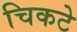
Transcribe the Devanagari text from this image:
चिकटे